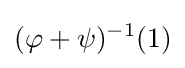
(\varphi +\psi )^{-1}(1)